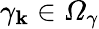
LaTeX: \gamma_{\mathbf{k}}\in\mathcal{{\Omega}}_{\gamma}